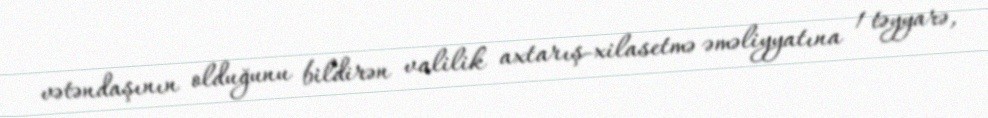
vətəndaşının olduğunu bildirən valilik axtarış-xilasetmə əməliyyatına 1 təyyarə,